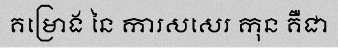
គម្រោង នៃ ការសសេរ កុន គឺជា